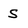
Character: S